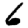
Digit: 6